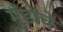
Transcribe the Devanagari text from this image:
मुंडांचे